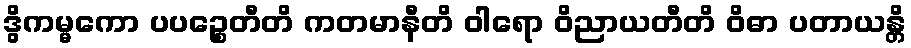
ဒွိကမ္မကော ပပဉ္စေတီတိ ကတမာနီတိ ဝါရော ဝိညာယတီတိ ဝိဓာ ပတာယန္တိ